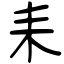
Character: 耒